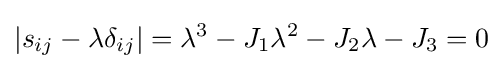
\left|s_{ij}-\lambda \delta _{ij}\right|=\lambda ^{3}-J_{1}\lambda ^{2}-J_{2}\lambda -J_{3}=0